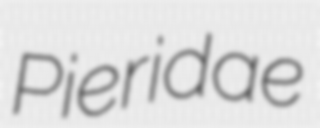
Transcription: Pieridae